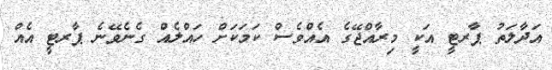
އަދާލަތު ޕާރޓީ އަކީ މިރާއްޖޭގެ އެއްވެސް ކަމަކަށް ހައްލެއް ގެނެވޭނެ ޕާރޓީ އެއް